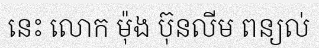
នេះ លោក ម៉ុង ប៊ុនលីម ពន្យល់